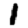
Digit: 1